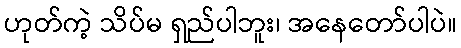
ဟုတ်ကဲ့ သိပ်မ ရှည်ပါဘူး၊ အနေတော်ပါပဲ။